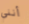
أنني